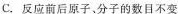
C.反应前后原子。分子的数目不变